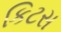
કિટસ